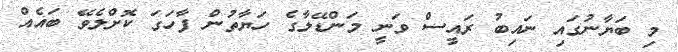
މި ބަޔާނުގައި ނައިބު ރައީސް ވަނީ މަންޑޭލާގެ ހަޔާތުން ފާހަގަ ކޮށްލެވޭ ބައެއް